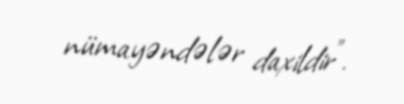
nümayəndələr daxildir”.